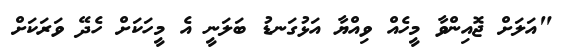
"އަލަށް ޖޮއިންވާ މީހެއް ވިއްޔާ އަޅުގަނޑު ބަލަނީ އެ މީހަކަށް ހެދޭ ވަރަކަށް